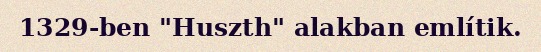
1329-ben "Huszth" alakban említik.